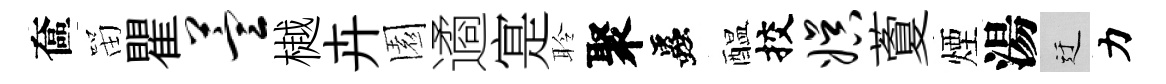
奩㽞瞿萱樾卉園遹寔聆聚蟲醖挍娱藑煙湯迂力